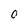
Character: 0